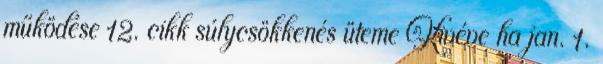
működése 12. cikk súlycsökkenés üteme Kivéve ha jan. 1.